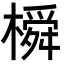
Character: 橓